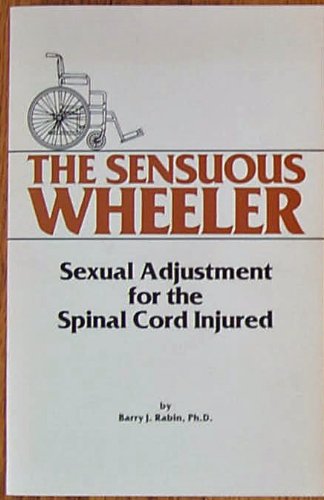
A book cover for Sensuous Wheeler: Sexual Adjustment for the Spinal Cord Injured; Barry J. Rabin; Health, Fitness & Dieting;